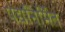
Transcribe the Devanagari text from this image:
पद्यनिर्मित